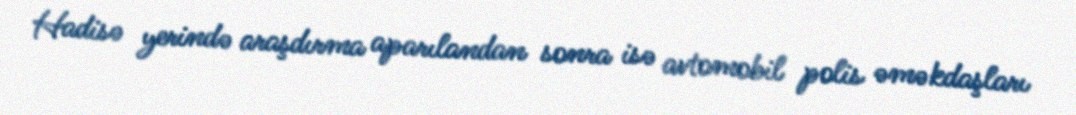
Hadisə yerində araşdırma aparılandan sonra isə avtomobil polis əməkdaşları